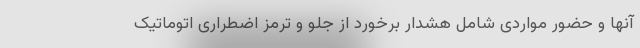
آنها و حضور مواردی شامل هشدار برخورد از جلو و ترمز اضطراری اتوماتیک